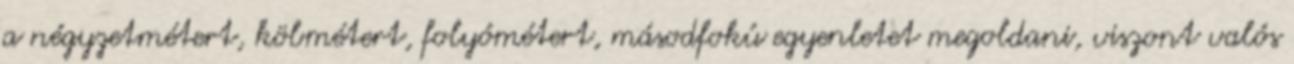
a négyzetmétert, köbmétert, folyómétert, másodfokú egyenletet megoldani, viszont valós